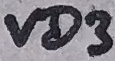
Text: VD3